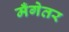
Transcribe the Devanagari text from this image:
मँगेतर